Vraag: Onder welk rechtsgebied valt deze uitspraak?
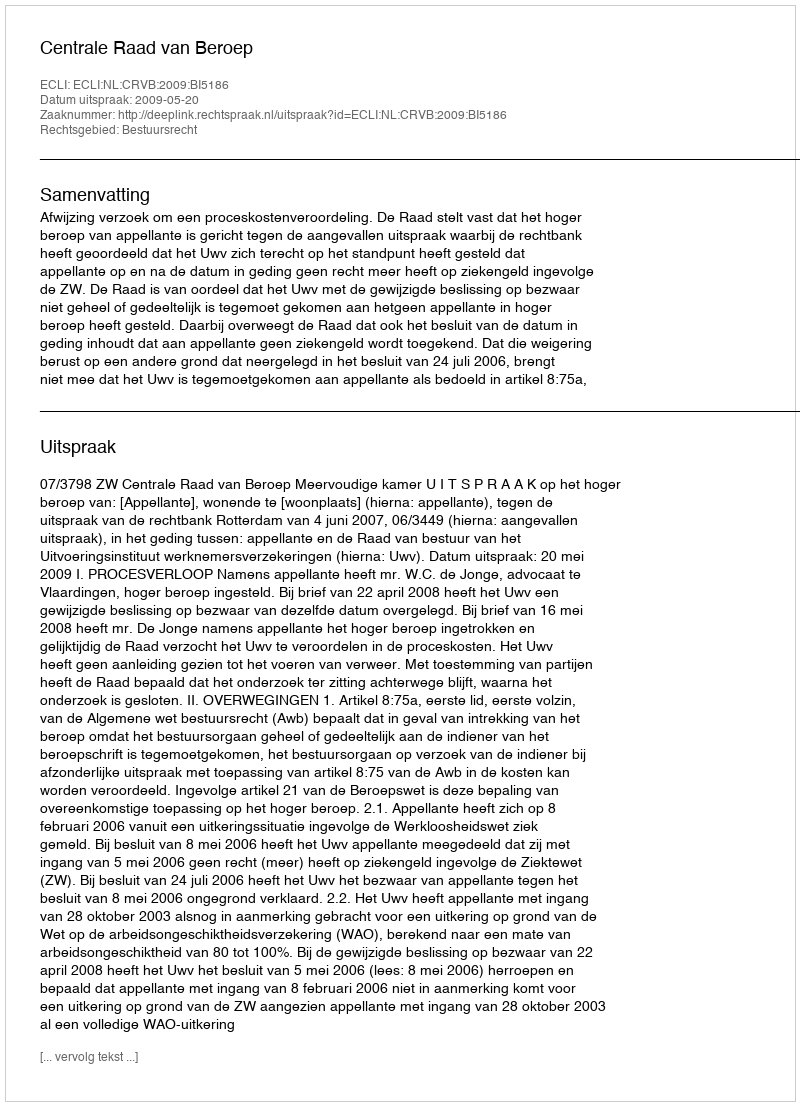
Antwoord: Bestuursrecht